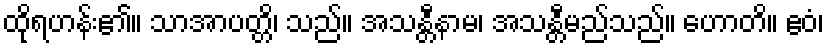
ထိုရဟန်း၏။ သာအာပတ္တိ၊ သည်။ အသန္တီနာမ၊ အသန္တီမည်သည်။ ဟောတိ။ ဧဝံ၊